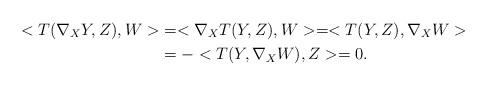
LaTeX: \begin{align*}<T(\nabla_{X}Y,Z),W>&=<\nabla_{X}T(Y,Z),W>=<T(Y,Z),\nabla_{X}W>\\&=-<T(Y,\nabla_{X}W),Z>=0.\end{align*}